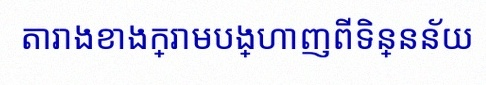
តារាងខាងក្រោមបង្ហាញពីទិន្នន័យ